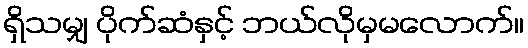
ရှိသမျှ ပိုက်ဆံနှင့် ဘယ်လိုမှမလောက်။